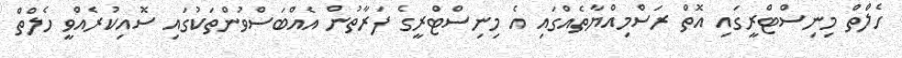
ހެލްތް މިނިސްޓްރީގައި އޮތް ރަސްމިއްޔާތެއްގައި އެ މިނިސްޓްރީގެ ފަރާތުން އެއްބަސްވުންތަކުގައި ސޮއިކުރެއްވީ ހެލްތް